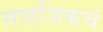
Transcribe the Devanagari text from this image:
साहजिकचं